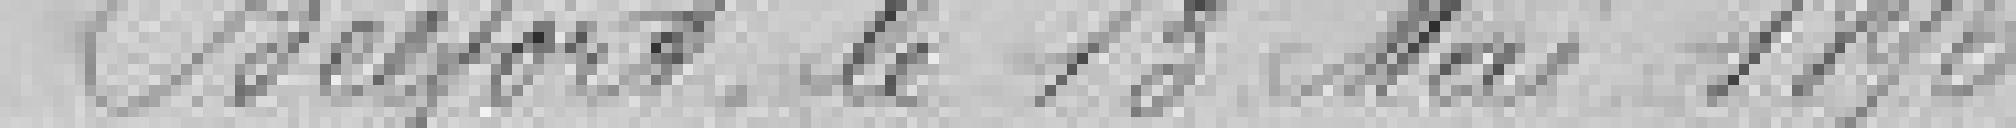
Belfort, le 19 mai 1896